Scottish Certificate of Education, 1963
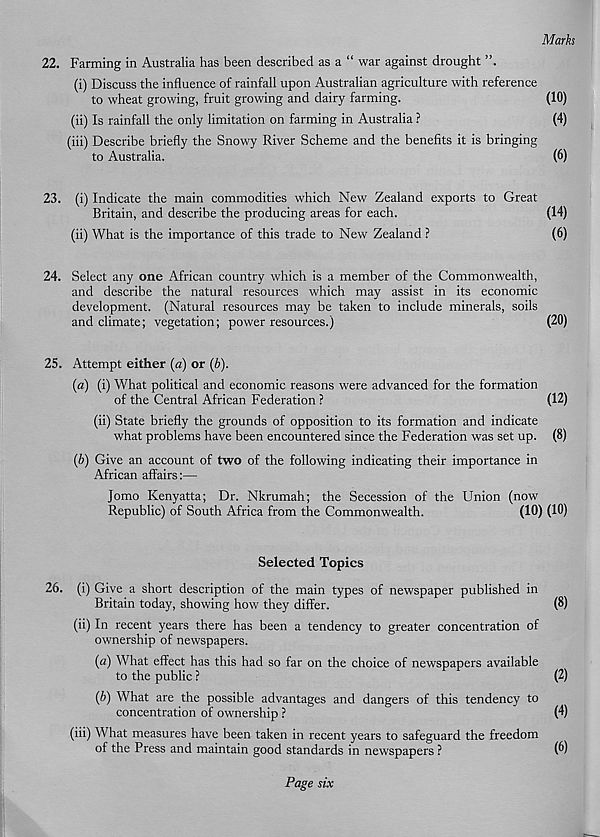
Marks
22. Farming in Australia has been described as a “ war against drought
(i) Discuss the influence of rainfall upon Australian agriculture with reference
to wheat growing, fruit growing and dairy farming.
(10)
(ii) Is rainfall the only limitation on farming in Australia ?
(4)
(iii) Describe briefly the Snowy River Scheme and the benefits it is bringing
to Australia.
(6)
23. (i) Indicate the main commodities which New Zealand exports to Great
Britain, and describe the producing areas for each.
(14)
(ii) What is the importance of this trade to New Zealand ?
(6)
24. Select any one African country which is a member of the Commonwealth,
and describe the natural resources which may assist in its economic
development. (Natural resources may be taken to include minerals, soils
and climate; vegetation; power resources.)
(20)
25. Attempt either (a) or (b).
(a) (i) What political and economic reasons were advanced for the formation
of the Central African Federation ?
(12)
(ii) State briefly the grounds of opposition to its formation and indicate
what problems have been encountered since the Federation was set up. (8)
(b) Give an account of two of the following indicating their importance in
African affairs:—
Jomo Kenyatta; Dr. Nkrumah; the Secession of the Union (now
Republic) of South Africa from the Commonwealth.
(10) (10)
Selected Topics
26. (i) Give a short description of the main types of newspaper published in
Britain today, showing how they differ.
(8)
(ii) In recent years there has been a tendency to greater concentration of
ownership of newspapers.
(a) What effect has this had so far on the choice of newspapers available
to the public ?
(2)
(b) What are the possible advantages and dangers of this tendency to
concentration of ownership ?
(4)
(iii) What measures have been taken in recent years to safeguard the freedom
of the Press and maintain good standards in newspapers ?
Page six